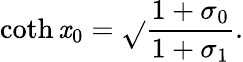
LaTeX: \coth\mathit{x}_{0}=\sqrt{}{{\frac{{1+\sigma_{0}}}{{1+\sigma_{1}}}}}.